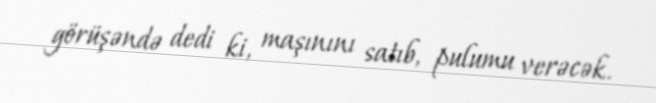
görüşəndə dedi ki, maşınını satıb, pulumu verəcək.